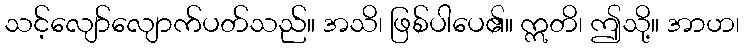
သင့်လျော်လျောက်ပတ်သည်။ အသိ၊ ဖြစ်ပါပေ၏။ ဣတိ၊ ဤသို့။ အာဟ၊